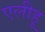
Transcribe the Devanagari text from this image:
एलीहू